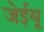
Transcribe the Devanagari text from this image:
जेईयू